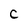
Character: c